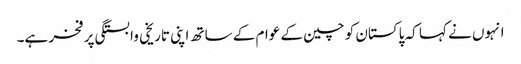
انہوں نے کہا کہ پاکستان کو چین کے عوام کے ساتھ اپنی تاریخی وابستگی پر فخر ہے۔